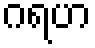
ဂရဟ